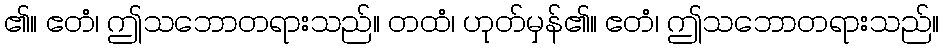
၏။ ဧတံ၊ ဤသဘောတရားသည်။ တထံ၊ ဟုတ်မှန်၏။ ဧတံ၊ ဤသဘောတရားသည်။